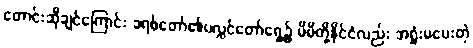
တောင်းဆိုချင်ကြောင်း ခရစ်တော်၏ပလ္လင်တော်ရှေ့၌ မိမိတို့နိုင်ငံလည်း အရှုံးမပေးတဲ့